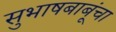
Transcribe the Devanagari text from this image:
सुभाषबाबूंचा